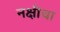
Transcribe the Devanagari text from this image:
नक्षीचा